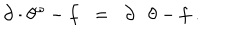
\partial \cdot \theta ^ { \omega } - f \; \; = \; \; \partial \cdot \theta - f \; .